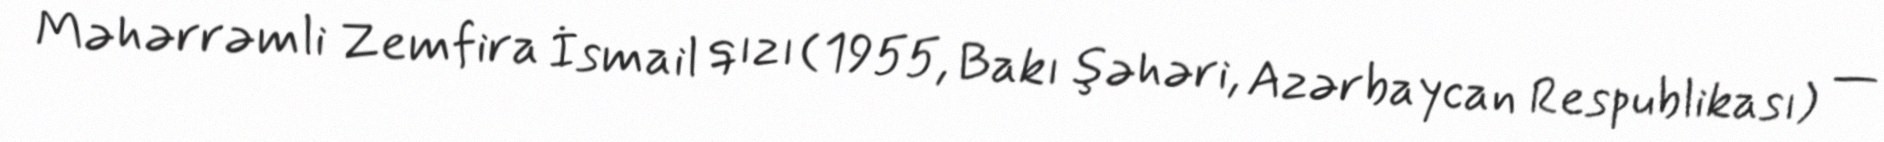
Məhərrəmli Zemfira İsmail qızı (1955, Bakı şəhəri, Azərbaycan Respublikası) —